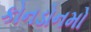
કોનડોનમો